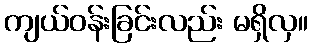
ကျယ်ဝန်းခြင်းလည်း မရှိလှ။